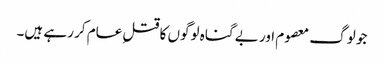
جو لوگ معصوم اور بے گناہ لوگوں کا قتلِ عام کر رہے ہیں۔